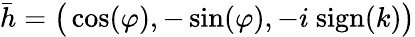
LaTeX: \bar{h}=\big(\cos(\varphi),-\sin(\varphi),-i~\textrm{sign}(k)\big)